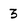
Character: 3